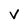
Character: V